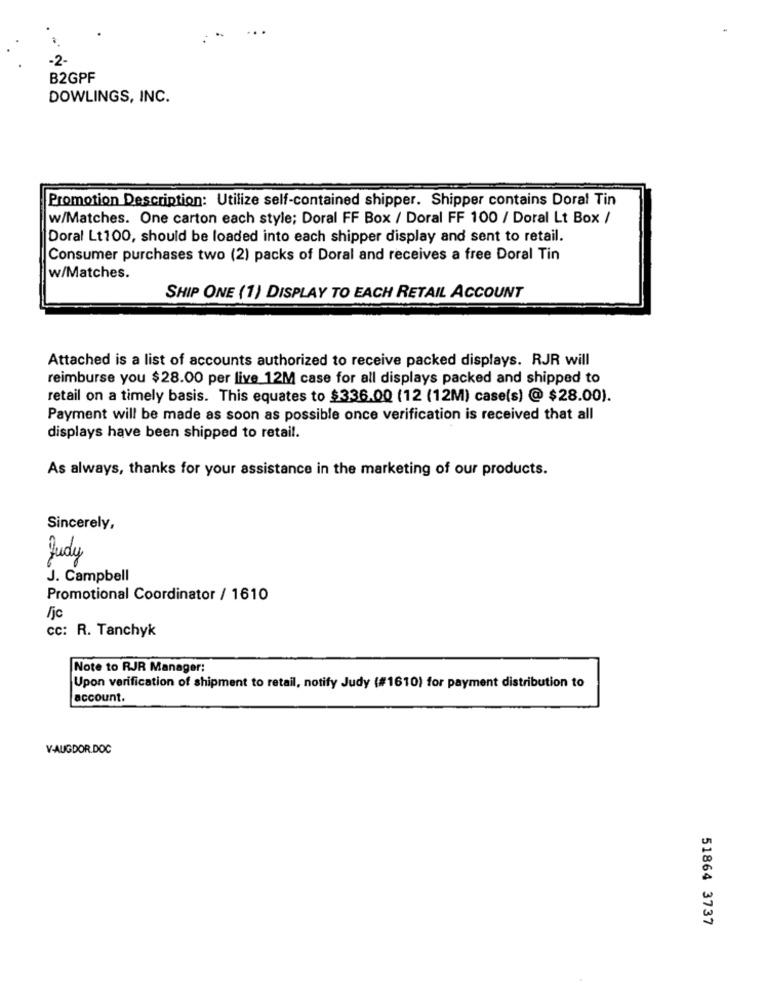
-2-
B2GPF
DOWLINGS, INC.
Promotion Description: Utilize self-contained shipper. Shipper contains Doral Tin
w/Matches. One carton each style; Doral FF Box / Doral FF 100 / Doral Lt Box /
Doral Lt100, should be loaded into each shipper display and sent to retail.
Consumer purchases two (2) packs of Doral and receives a free Doral Tin
w/Matches.
SHIP ONE (1) DISPLAY TO EACH RETAIL ACCOUNT
Attached is a list of accounts authorized to receive packed displays. RJR will
reimburse you $28.00 per live 12M case for all displays packed and shipped to
retail on a timely basis. This equates to $336.00 (12 (12M) case(s) @ $28.00).
Payment will be made as soon as possible once verification is received that all
displays have been shipped to retail.
As always, thanks for your assistance in the marketing of our products.
Sincerely,
Judy
J. Campbell
Promotional Coordinator / 1610
Fjc
cc: R. Tanchyk
Note to RJR Manager:
Upon verification of shipment to retail, notify Judy (#1610) for payment distribution to
account.
V-AUGDOR.DOC
51864 3737